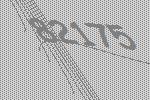
82175